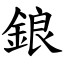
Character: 鋃